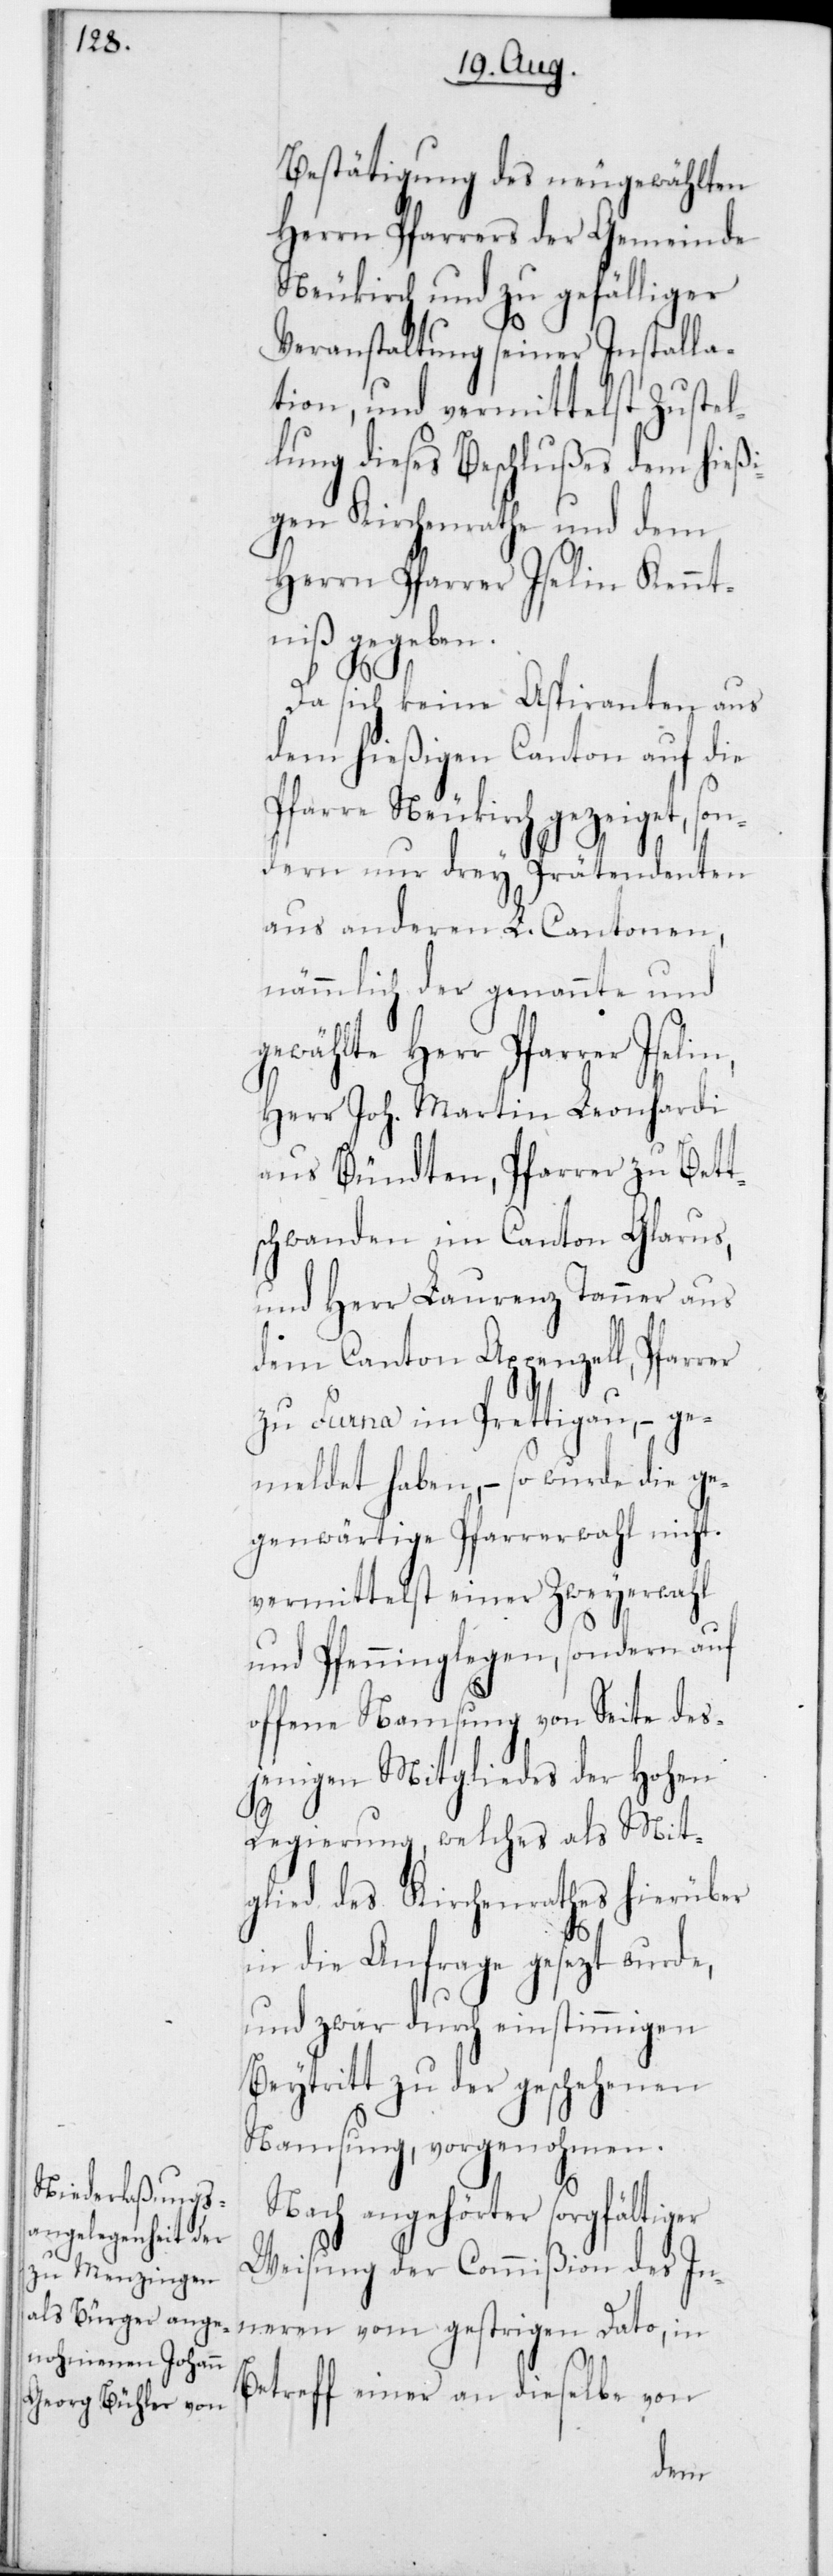
Bestätigung des neu gewählten
Herrn Pfarrers der Gemeinde
Neukirch und zu gefälliger
Veranstaltung seiner Installa¬
tion, und vermittelst Zustel¬
lung dieses Beschlußes dem hießi¬
gen Kirchenrathe und dem
Herrn Pfarrer Iselin Kennt¬
niß gegeben.
Da sich keine Aspiranten aus
dem hießigen Canton auf die
Pfarre Neukirch gezeiget, so¬
ndern nur drey Prätendenten
aus anderen L. Cantonen,
nämmlich der genannte und
gewählte Herr Pfarrer
Herr Joh. Martin Leonhardi
aus Bündten, Pfarrer zu Bett¬
schwanden im Canton Glarus,
und Herr Laurenz Tanner aus
dem Canton Appenzell, Pfarrer
zu Furna im Prettigau, – ge¬
meldet haben, – so wurde die ge¬
genwärtige Pfarrerwahl nicht
vermittelst einer Zweyerwahl
und Pfenninglegen, sondern auf
offene Namsung von Seite des¬
jenigen Mitgliedes der Hohen
Regierung, welches als Mit¬
glied des Kirchenrathes hierüber
in die Anfrage gesetzt wurde,
und zwar durch einstimmigen
Beytritt zu der geschehenen
Namsung, vorgenohmen.
Nach angehörter sorgfältig¬
Weisung der Commißion des In¬
neren vom gestrigen Dato, in
Betreff einer an dieselbe von
er